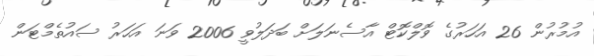
އުމުރުން 26 އަހަރުގެ ވޮލްކޮޓް އާސެނަލަށް ބަދަލުވީ 2006 ވަނަ އަހަރު ސައުތެމްޓަން